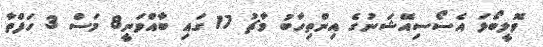
ވޮލީބޯޅަ އެސޯސިއޭޝަނުގެ އިންތިހާބު މާޗު 17 ގައި ބާއްވަނީ8 މަސް 3 ހަފްތާ